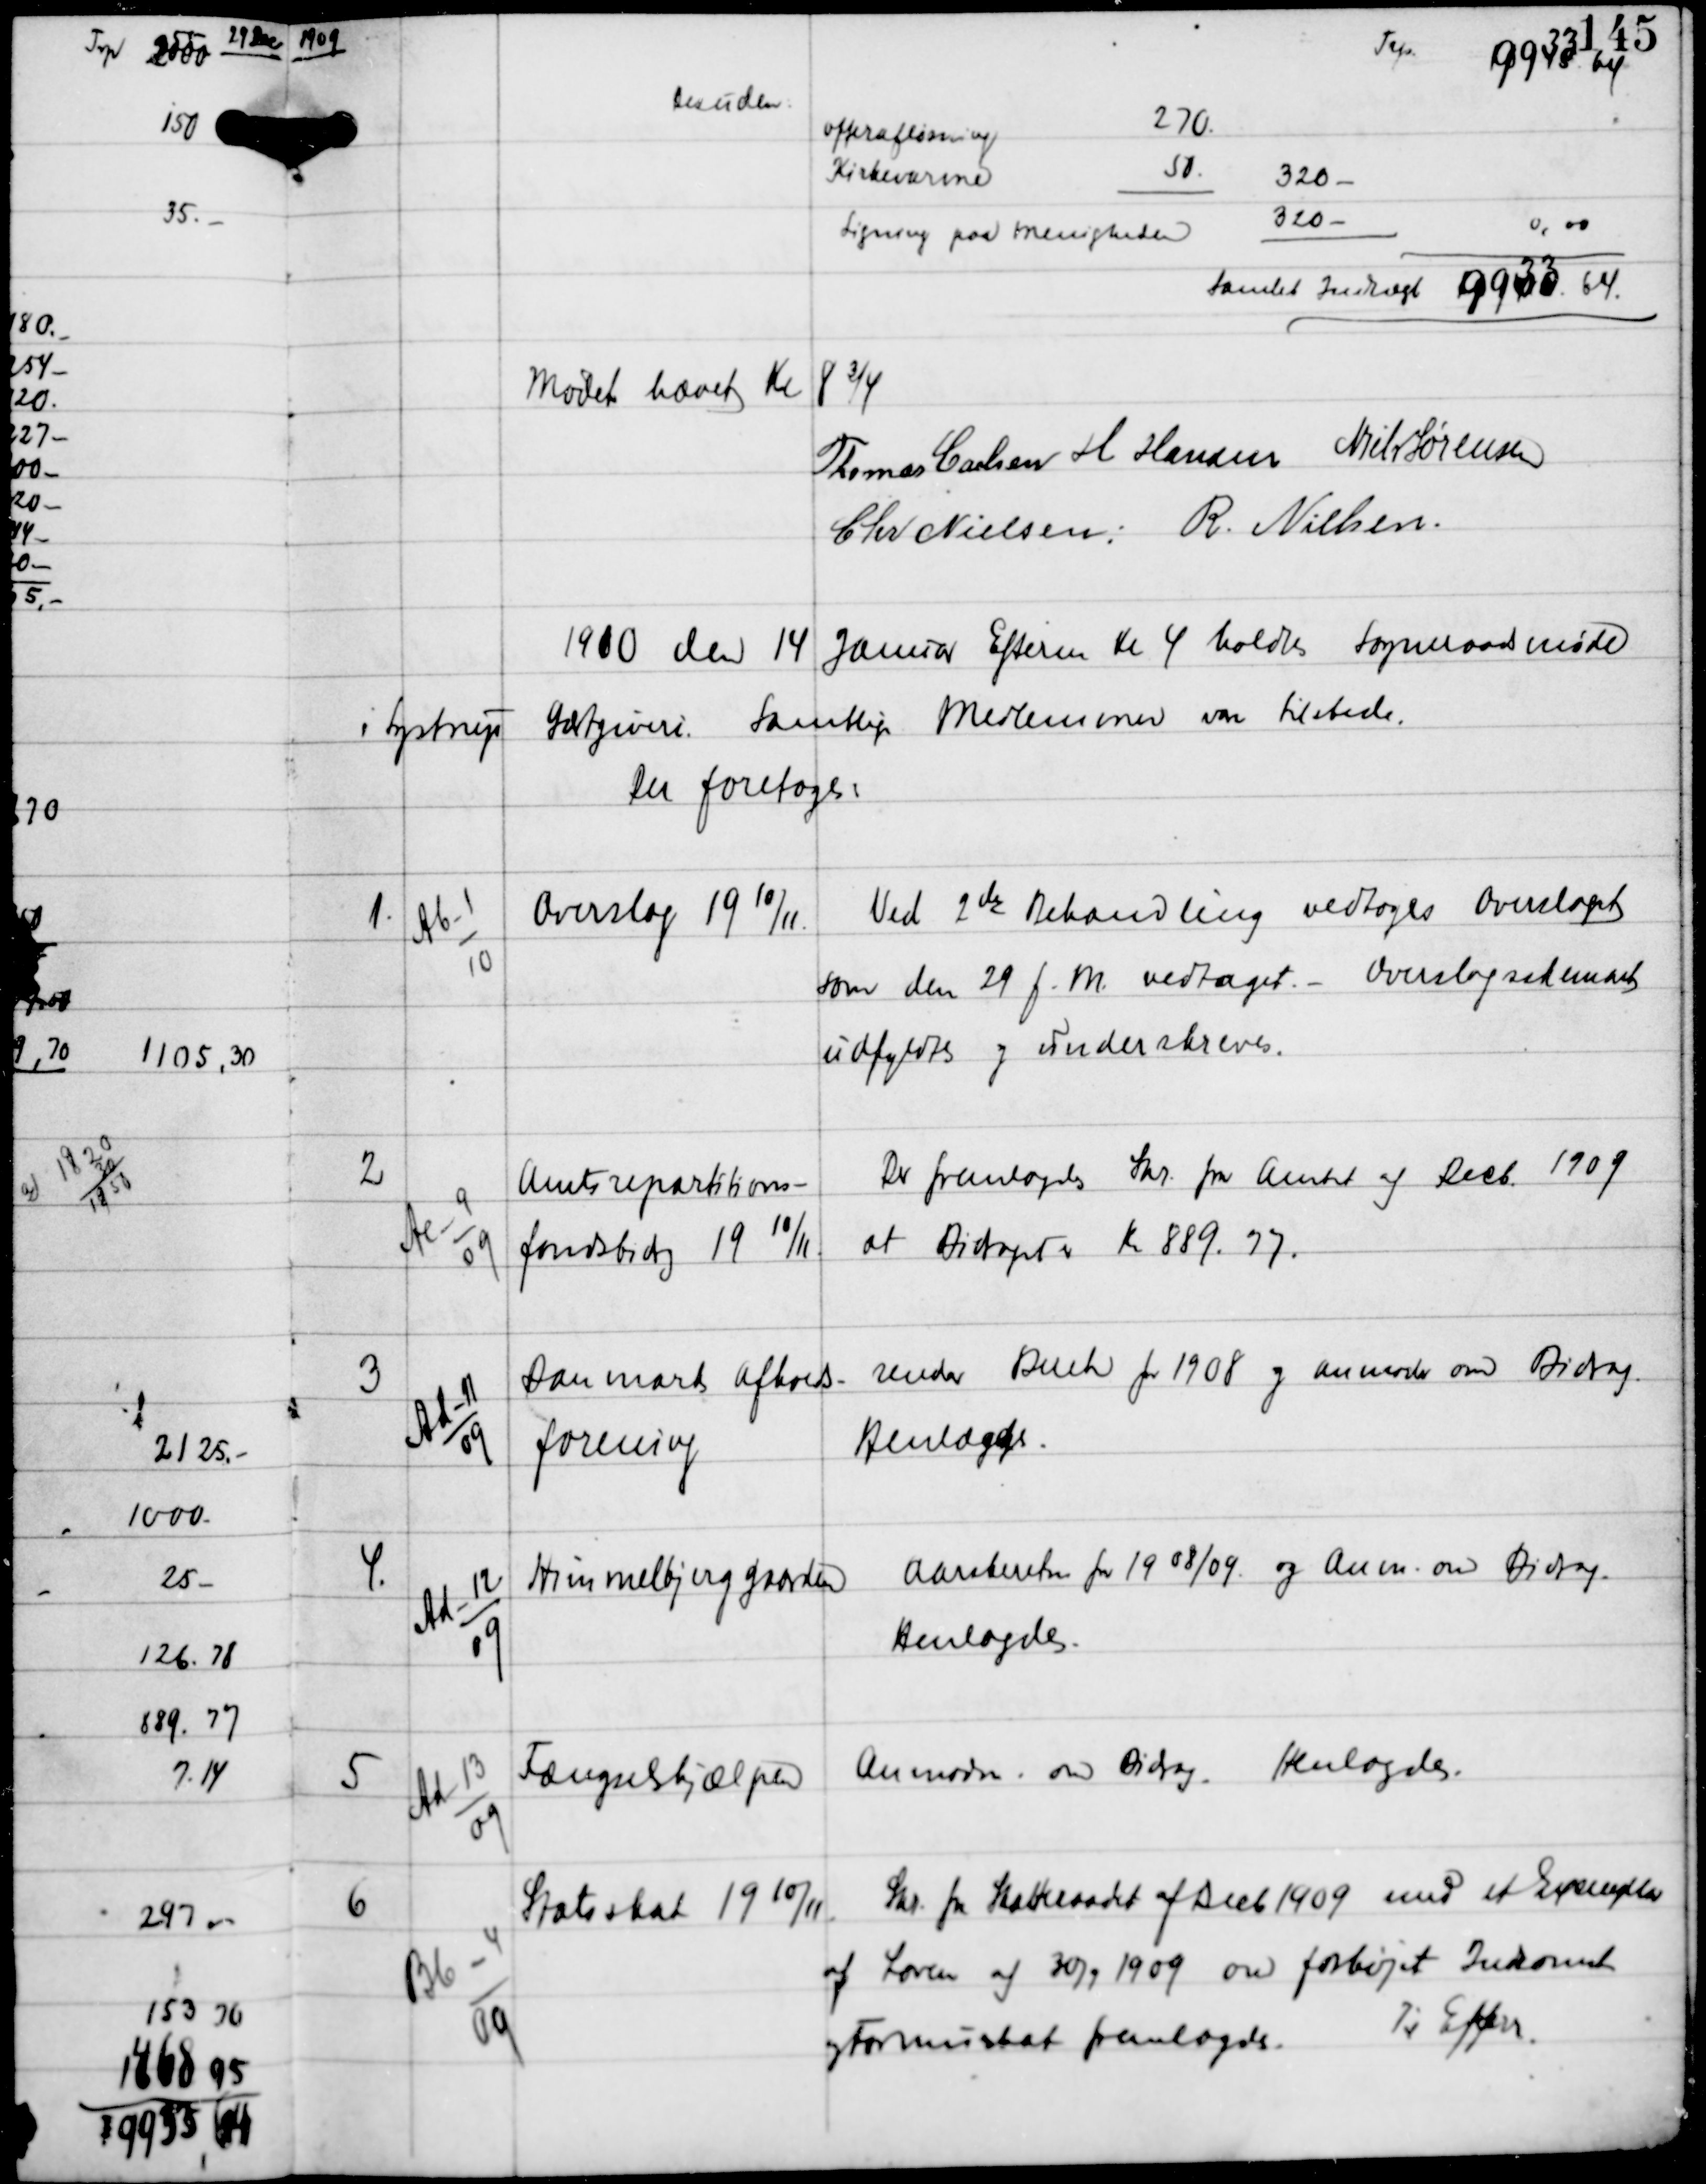
Transskription:
1909

Trp
9933.64

Desuden

Mødet hævet Kl 8¾
Thomas Carlsen H Hansen Niels Sørensen
Chr Nielsen R. Nielsen

1910 den 14 Januar Efterm Kl 4 holdtes Sogneraadsmøde
i Lystrup Gæstgiveri. Samtlige Medlemmer vare tilstede
Der foretoges:

1.

Ab-1
10

Overslag 19 10/11

Ved 2 den Behandling vedtoges Overslaget
som den 29 f.M. vedtaget. - Overslagsskemaet
udfyldtes og underskreves.

2

Ac-9
09

Amtsrepartitions-
fondsbidrag 19 10/11

Der fremlagdes Skr fra Amtet af Decb 1909
at Bidraget er Kr 889.77.

3

Ad-11
09

Danmarks Afholds-
forening

sender Andr for 1908 og anmoder om Bidrag
Henlægges.

4.

Ad-12
09

Himmelbjerggaarden

Aarsberetn for 19 08/09 og Anm om Bidrag.
Henlagdes.

5

Ad-13
09

Fængselshjælpen

Anmodn om Bidrag.
Henlagdes.

6

Bb-4
09

Statsskat 19 10/11

Skr fra Skatteraadet af Decb 1909 med et Exemplar
af Loven af 30/9 1909 om forhøjet Indkomst
og Formueskat fremlagdes.
Til Efterr.